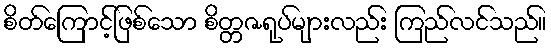
စိတ်ကြောင့်ဖြစ်သော စိတ္တဇရုပ်များလည်း ကြည်လင်သည်။